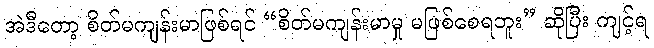
အဲဒီတော့ စိတ်မကျန်းမာဖြစ်ရင် “စိတ်မကျန်းမာမှု မဖြစ်စေရဘူး” ဆိုပြီး ကျင့်ရ